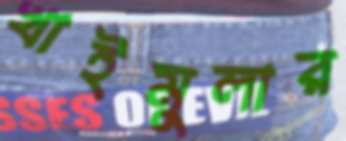
খাইমুলার